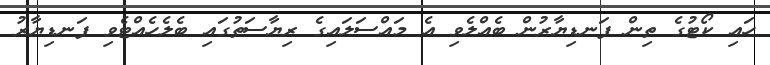
ހައި ކޯޓުގެ ތިން ފަނޑިޔާރުން ބެއްލެވި އެ މައްސަލައިގެ ރިޔާސަތުގައި ބެލެހެއްޓެވި ފަނޑިޔާރު